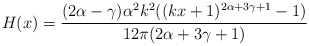
\begin{align*}H(x) =\frac{(2\alpha-\gamma)\alpha^{2}k^{2}((kx+1)^{2\alpha+3\gamma+1}-1)}{12\pi(2\alpha+3\gamma+1)}\end{align*}